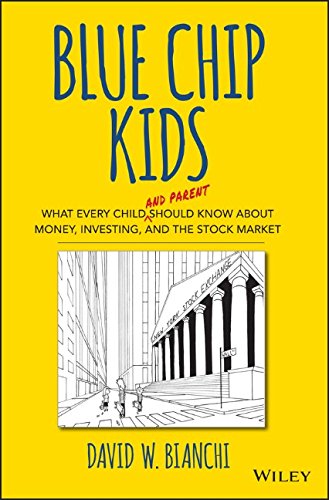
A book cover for Blue Chip Kids: What Every Child (and Parent) Should Know About Money, Investing, and the Stock Market; David W. Bianchi; Children's Books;